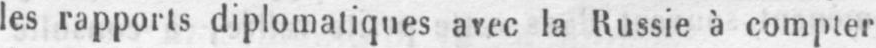
les rapports diplomatiques avec la Russie à compter